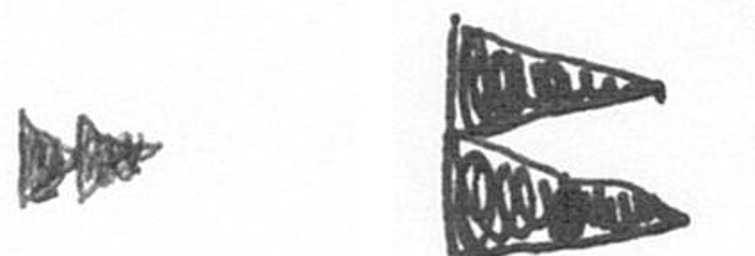
A P